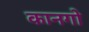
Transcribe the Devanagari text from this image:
कानगो